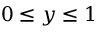
0 \leq y \leq 1